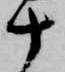
十